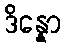
ဒိန္နော